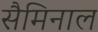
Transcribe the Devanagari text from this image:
सैमिनाल